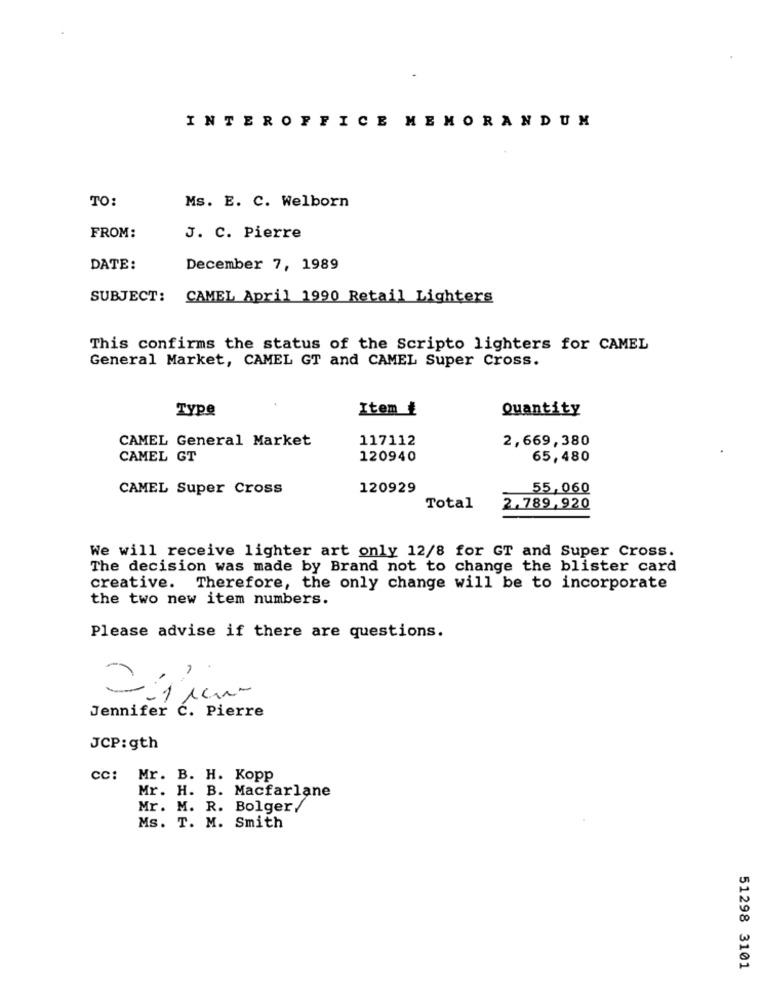
INTEROFFICE MEMORANDUM
TO:
Ms. E. C. Welborn
FROM:
J. C. Pierre
DATE:
December 7, 1989
SUBJECT: CAMEL April 1990 Retail Lighters
This confirms the status of the Scripto lighters for CAMEL
General Market, CAMEL GT and CAMEL Super Cross.
Type
Item ₺
Quantity
CAMEL General Market
117112
2,669,380
CAMEL GT
120940
65,480
CAMEL Super Cross
120929
55,060
Total
2.789,920
We will receive lighter art only 12/8 for GT and Super Cross.
The decision was made by Brand not to change the blister card
creative. Therefore, the only change will be to incorporate
the two new item numbers.
Please advise if there are questions.
Jennifer C. Pierre
JCP:gth
cc: Mr. B. H. Kopp
Mr. H. B. Macfarlane
Mr. M. R. Bolger/
Ms. T. M. Smith
51298 3101